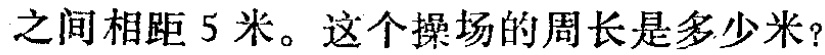
之间相距 5 米。这个操场的周长是多少米？